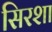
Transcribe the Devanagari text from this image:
सिरशा